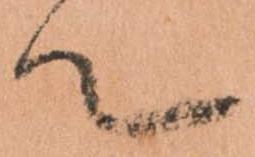
て